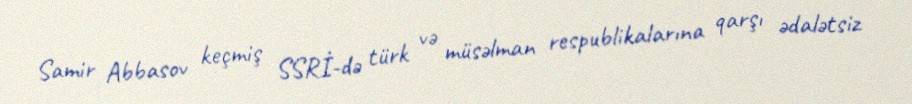
Samir Abbasov keçmiş SSRİ-də türk və müsəlman respublikalarına qarşı ədalətsiz